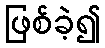
ဖြစ်ခဲ့၍